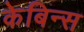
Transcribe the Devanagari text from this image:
केबिन्स